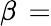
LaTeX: \beta\, =